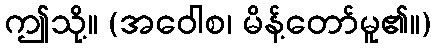
ဤသို့။ (အဝေါစ၊ မိန့်တော်မူ၏။)